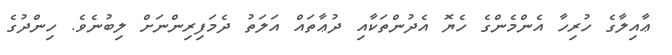
ޢާއިލާގެ ހުރިހާ އެންމެންގެ ހެޔޮ އެދުންތަކާއި ދުޢާތައް އަލަތު ދެމަފިރިންނަށް ލިބުނެވެ. ހިންދުގެ